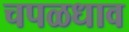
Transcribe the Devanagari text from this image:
चपळधाव